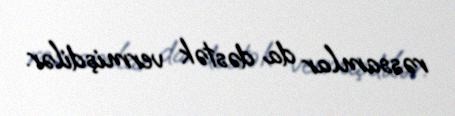
rəssamlar da dəstək vermişdilər.